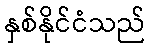
နှစ်နိုင်ငံသည်